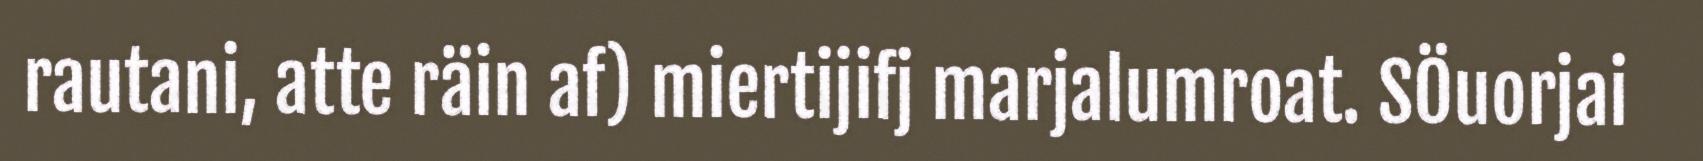
rautani, atte räin af) miertijifj marjalumroat. SÖuorjai